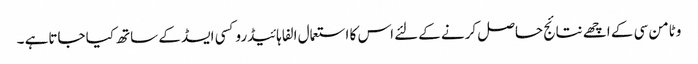
وٹامن سی کے اچھے نتائج حاصل کرنے کےلئے اس کا استعمال الفا ہائیڈروکسی ایسڈ کے ساتھ کیا جاتاہے ۔